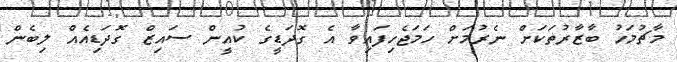
މާޗުމަހު ބާޒާރުތަކަށް ނެރުމަށް ހަމަޖެހިފައިވާ އެ ގޮދަޑީގެ ކުއީން ސައިޒް ގޮދަޑިއެއް ލިބެން